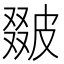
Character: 𤿵